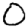
Digit: 0